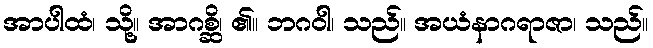
အာပါထံ၊ သို့။ အာဂစ္ဆိ၊ ၏။ ဘဂဝါ၊ သည်။ အယံနာဂရာဇာ၊ သည်။